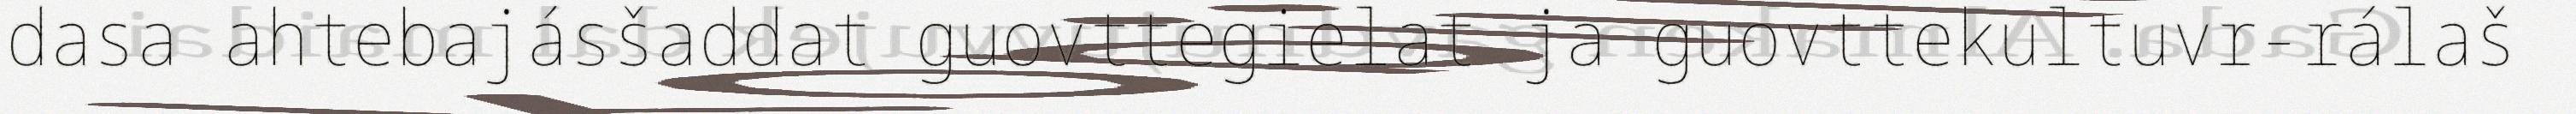
dasa ahtebajásšaddat guovttegielat ja guovttekultuvr-rálaš